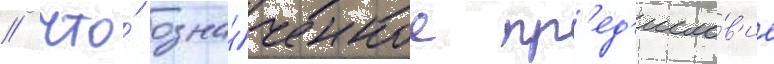
/ что́ озна́ченное пр'ед'исло́в'ие